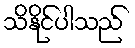
သိနိုင်ပါသည်